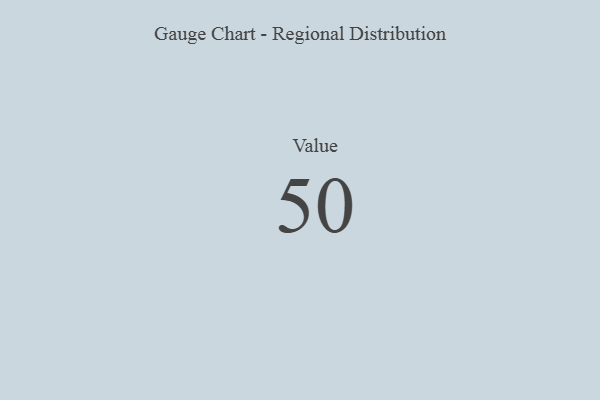
{"axis": {"x": "Metric", "y": "Value"}, "legend": [""], "data": [{"x": "Value", "y": 50, "type": ""}]}